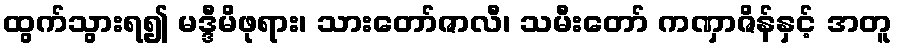
ထွက်သွားရ၍ မဒ္ဒီမိဖုရား၊ သားတော်ဇာလီ၊ သမီးတော် ကဏှာဇိန်နှင့် အတူ